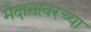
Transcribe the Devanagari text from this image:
मैदानावरच्या